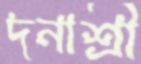
দনাশ্রী